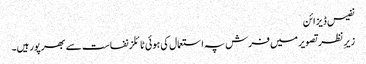
نفیس ڈیزائن
زیرِ نظر تصویر میں فرش پہ استعمال کی ہوئی ٹائلز نفاست سے بھرپور ہیں۔